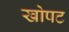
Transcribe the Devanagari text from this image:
खोपट